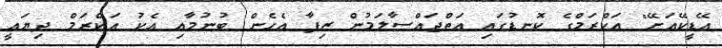
އޭޑީކޭއަށޭ" އަކްރަމްގެ ކޮނޑުގައި އަތްޖައްސާލަމުން ޒިފާ އެހެން ބުނުމާއި އެކު އަކްރަމް ދިޔައީ